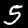
Label: 5